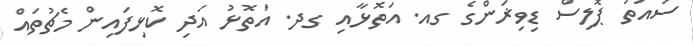
ސައުތު ޕޮލިސް ޑިވިޜަންގެ ގއ. އަތޮޅާއި ގދ. އަތޮޅު އަދި ކޮޅިފައިން މެޗުތައް